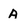
Character: A